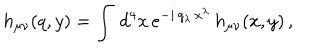
LaTeX: h _ { \mu \nu } ( q , y ) = \int \, d ^ { 4 } x \, e ^ { - i \, q _ { \lambda } \, x ^ { \lambda } } \, h _ { \mu \nu } ( x , y ) \, ,